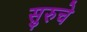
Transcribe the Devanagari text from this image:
सुरुचे